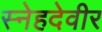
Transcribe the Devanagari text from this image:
स्नेहदेवीर